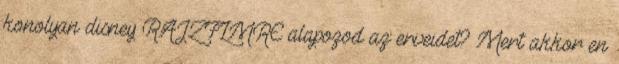
konolyan disney RAJZFLMRE alapozod az erveidet? Mert akkor en